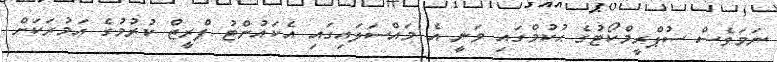
ނަމަވެސް ސުޕްރީމްކޯޓުގެ ޙުކުމްގައި ވަނީ އެ މައްސަލައިގައި އެކައުންޓު ފްރީޒް ކުރުމުގެ ޢަމުރަކަށް